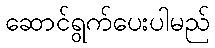
ဆောင်ရွက်ပေးပါမည်